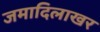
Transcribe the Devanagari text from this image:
जमादिलाखर